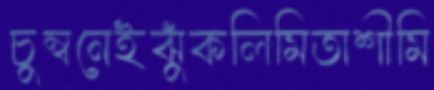
চুম্বনেইঝুঁকলিমিতাশীমি